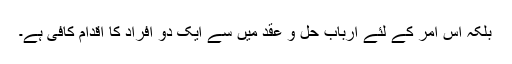
بلکہ اس امر کے لئے ارباب حل و عقد میں سے ایک دو افراد کا اقدام کافی ہے۔